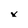
Character: x